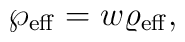
\wp_{\rm eff}=w\varrho_{\rm eff},